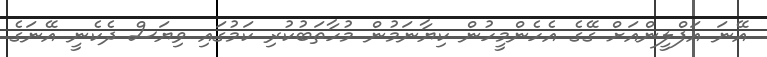
އޭނަ އަފްލީންއަށް ގޭގެ އެހެންމީހުން ކިޔާނަމުން މުހާތަބުކުރި ކަމުގައި ވިޔަސް ދެކެނީ އޭނަގެ